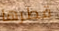
قطرها